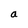
Character: a